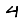
Digit: 4